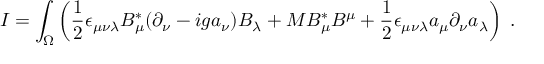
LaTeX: I = \int _ { \Omega } \left( \frac { 1 } { 2 } \epsilon _ { \mu \nu \lambda } B _ { \mu } ^ { * } ( \partial _ { \nu } - i g a _ { \nu } ) B _ { \lambda } + M B _ { \mu } ^ { * } B ^ { \mu } + \frac { 1 } { 2 } \epsilon _ { \mu \nu \lambda } a _ { \mu } \partial _ { \nu } a _ { \lambda } \right) \; .